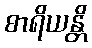
စာရိယန္တိ